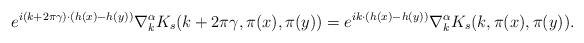
\begin{align*}e^{i(k+2\pi \gamma)\cdot(h(x)-h(y))}\nabla_{k}^{\alpha}K_s(k+2\pi \gamma,\pi(x),\pi(y))=e^{ ik\cdot(h(x)-h(y))}\nabla_{k}^{\alpha}K_s(k,\pi(x),\pi(y)).\end{align*}